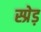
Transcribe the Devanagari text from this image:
स्प्रेड़